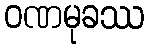
ဝဏမုခဿ